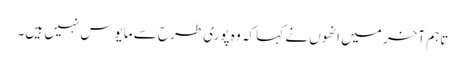
تاہم آخر میں انھوں نے کہا کہ وہ پوری طرح سے مایوس نہیں ہیں۔